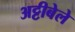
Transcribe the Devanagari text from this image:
अट्टीबेले